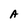
Character: A